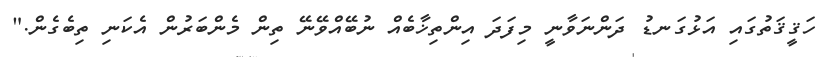
ހަޤީޤަތުގައި އަޅުގަނޑު ދަންނަވާނީ މިފަދަ އިންތިޚާބެއް ނުބޭއްވޭނޭ ތިން މެންބަރުން އެކަނި ތިބެެގެން."